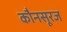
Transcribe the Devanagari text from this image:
कौनसूरज